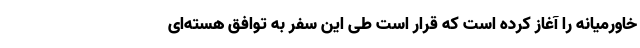
خاورمیانه را آغاز کرده است که قرار است طی این سفر به توافق هسته‌ای